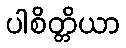
ပါစိတ္တိယာ